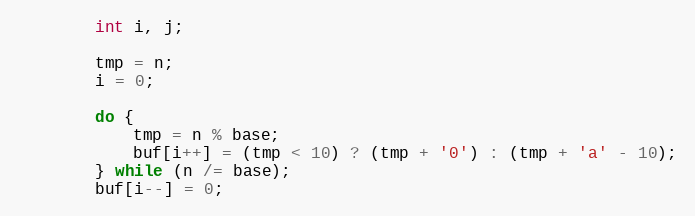
Language: C++
		int i, j;

		tmp = n;
		i = 0;

		do {
			tmp = n % base;
			buf[i++] = (tmp < 10) ? (tmp + '0') : (tmp + 'a' - 10);
		} while (n /= base);
		buf[i--] = 0;